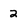
Character: 2